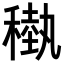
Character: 𥡩